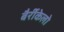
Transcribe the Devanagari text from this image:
बैर्रीकेलो